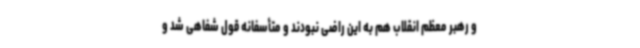
و رهبر معظم انقلاب هم به این راضی نبودند و متأسفانه قول شفاهی شد و